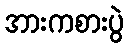
အားကစားပွဲ